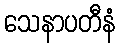
သေနာပတီနံ